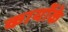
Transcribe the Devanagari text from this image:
कार्योके